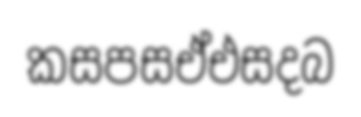
කසපසඒඑසදබ